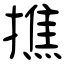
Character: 撨